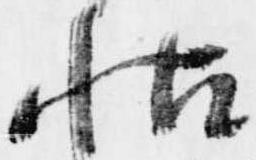
帖